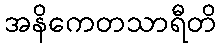
အနိကေတသာရီတိ